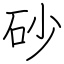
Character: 砂